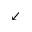
\swarrow